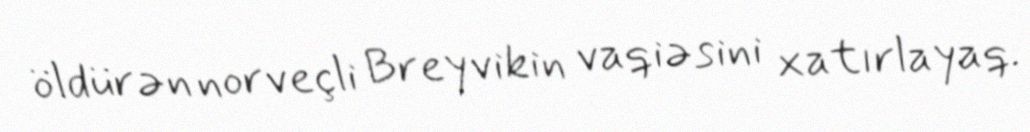
öldürən norveçli Breyvikin vaqiəsini xatırlayaq.